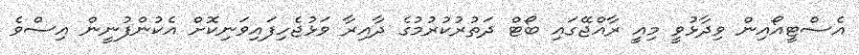
އެސްޓީއޯއިން ވިދާޅުވީ މިއީ ރާއްޖޭގައި ބޯޓް ދަތުރުކުރުމުގެ ދާއިރާ ވަޅުޖެހިފައިވަނިކޮށް އެކުންފުނީން އިސްވެ